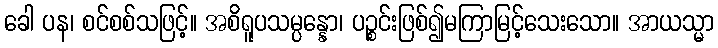
ခေါ ပန၊ စင်စစ်သဖြင့်။ အစိရူပသမ္ပန္နော၊ ပဉ္စင်းဖြစ်၍မကြာမြင့်သေးသော။ အာယသ္မာ